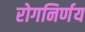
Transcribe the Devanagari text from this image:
रोगनिर्णय